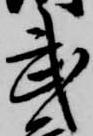
武